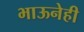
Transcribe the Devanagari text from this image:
भाऊनेही